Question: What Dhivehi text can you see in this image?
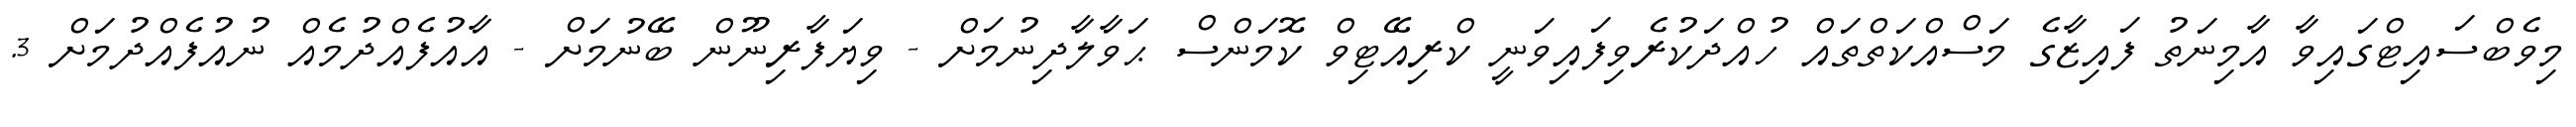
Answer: މިވެބްސައިޓްގައިވާ އާމިނަތު ފައިޒާގެ މަސްއްކަތްތައް ހުއްދަކުރެވިފައިވަނީ ކްރިއޭޓިވް ކޮމަންސް ޙަވާލާދިނުމަށް - ވިޔަފާރިނޫން ބޭނުމަށް - އާއުފެއްދުމެއް ނުއުފެއްދުމަށް 3.